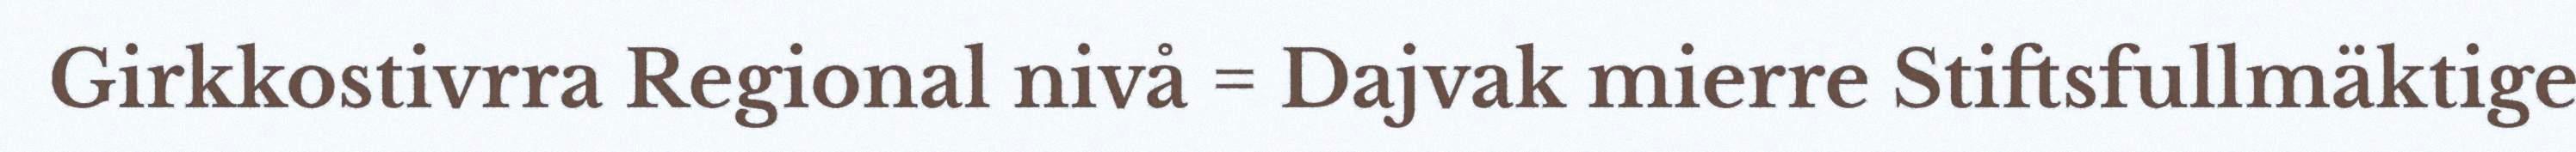
Girkkostivrra Regional nivå = Dajvak mierre Stiftsfullmäktige